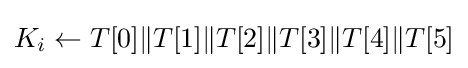
K_{i}\leftarrow T[0]\|T[1]\|T[2]\|T[3]\|T[4]\|T[5]